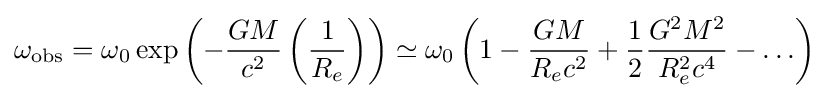
\omega _{\text{obs}}=\omega _{0}\exp \left(-{\frac {GM}{c^{2}}}\left({\frac {1}{R_{e}}}\right)\right)\simeq \omega _{0}\left(1-{\frac {GM}{R_{e}c^{2}}}+{\frac {1}{2}}{\frac {G^{2}M^{2}}{R_{e}^{2}c^{4}}}-\ldots \right)